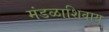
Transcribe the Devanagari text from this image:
मंडळाशिवाय